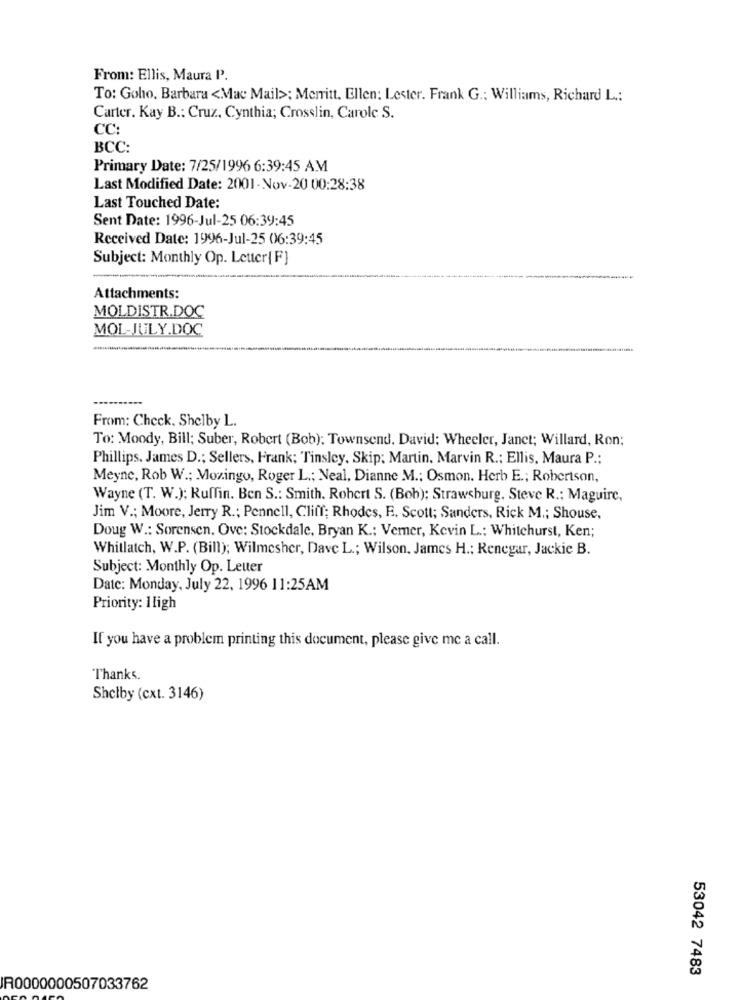
From: Ellis, Maura P.
To: Goho, Barbara <Mac Mail>; Merritt. Ellen: Lester. Frank G .: Williams, Richard L .:
Carter. Kay B .: Cruz, Cynthia; Crosslin, Carole S.
CC:
BCC:
Primary Date: 7/25/1996 6:39:45 AM
Last Modified Date: 2001 - Nov-20 00:28:38
Last Touched Date:
Sent Date: 1996-Jul-25 06:39:45
Received Date: 1996-Jul-25 06:39:45
Subject: Monthly Op. Letter[F]
Attachments:
MOLDISTR.DOC
MOL-JULY.DOC
From: Check, Shelby L.
To: Moody, Bill; Suber, Robert (Bob): Townsend. David; Wheeler, Janet; Willard, Ron;
Phillips. James D .; Sellers, Frank; Tinsley, Skip; Martin, Marvin R .: Ellis, Maura P .;
Meyne, Rob W .; Mozingo, Roger L .; Neal, Dianne M .: Osmon. Herb E .; Robertson,
Wayne (T. W.); Ruffin. Ben S .: Smith. Robert S. (Bob); Strawsburg. Steve R .: Maguire,
Jim V .; Moore, Jerry R .; Pennell, Cliff; Rhodes, F. Scott; Sanders, Rick M .; Shouse,
Doug W .: Sorensen. Ove: Stockdale, Bryan K .: Verner, Kevin L .: Whitehurst, Ken;
Whitlatch, W.P. (Bill); Wilmesher, Dave L .; Wilson, James H .: Renegar, Jackie B.
Subject: Monthly Op. Letter
Date: Monday, July 22, 1996 11:25AM
Priority: Iligh
If you have a problem printing this document, please give me a call.
Thanks.
Shelby (cxt. 3146)
53042 7483
IR0000000507033762